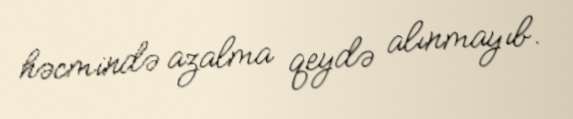
həcmində azalma qeydə alınmayıb.